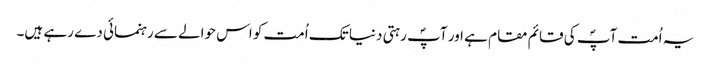
یہ اُمت آپؐ کی قائم مقام ہے اور آپؐ رہتی دنیا تک اُمت کو اس حوالے سے رہنمائی دے رہے ہیں۔